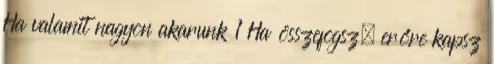
Ha valamit nagyon akarunk 1 Ha összefogsz, erőre kapsz